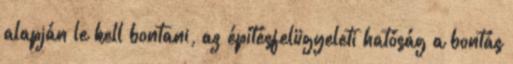
alapján le kell bontani, az építésfelügyeleti hatóság a bontás